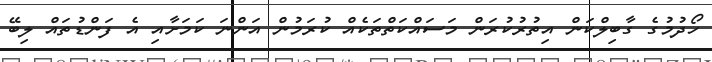
ހޯދުމުގެ ގާބިލްކަން އިތުރުކުރަން މަސައްކަތްތަކެއް ކުރަމުން އަންނަ ކަމަށާއި އެ ފަންޑުތައް ލިބޭ